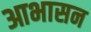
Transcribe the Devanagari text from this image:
आभासन